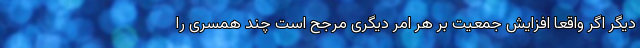
دیگر اگر واقعا افزایش جمعیت بر هر امر دیگری مرجح است چند همسری را